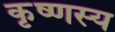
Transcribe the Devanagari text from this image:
कृष्णस्य